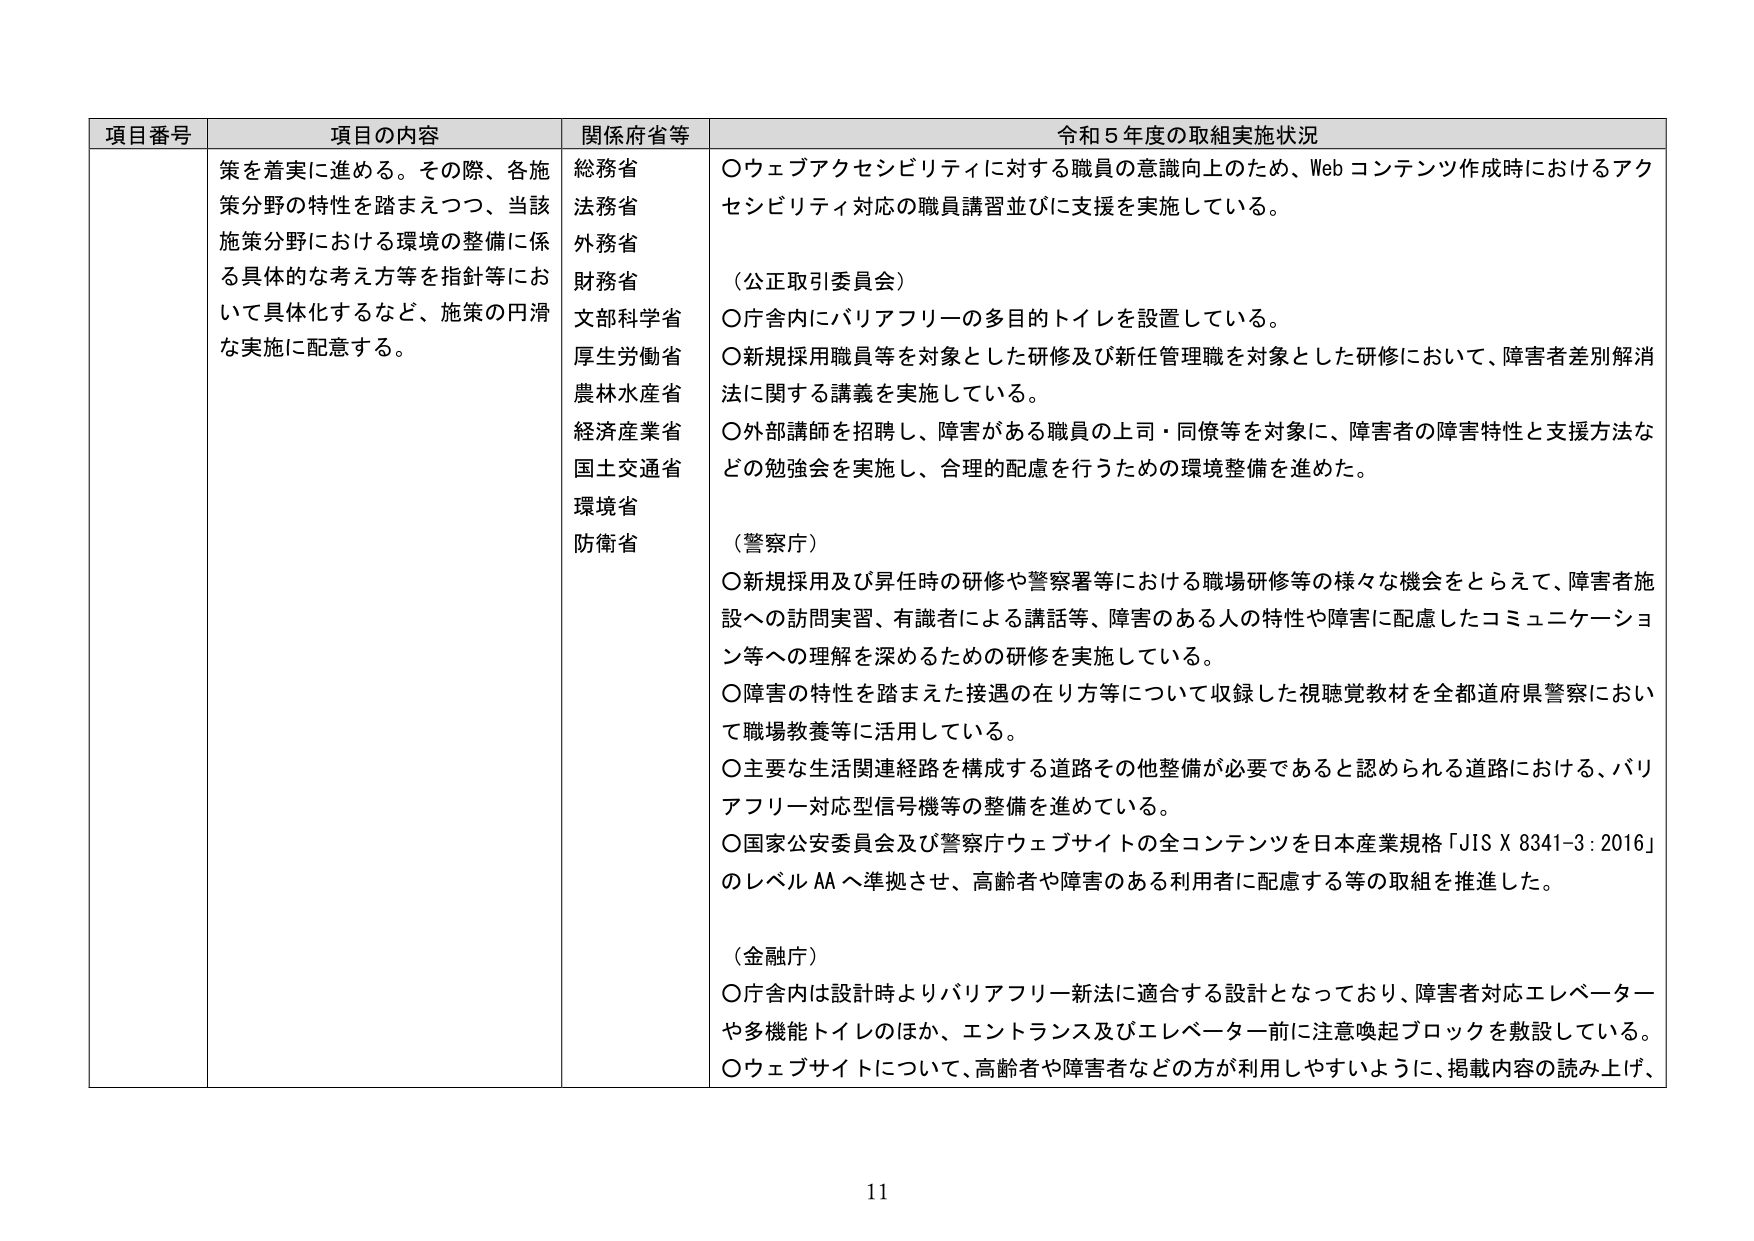
項目番号 項目の内容 関係府省等 令和５年度の取組実施状況
策を着実に進める。その際、各施策分野の特性を踏まえつつ、当該施策分野における環境の整備に係る具体的な考え方等を指針等において具体化するなど、施策の円滑な実施に配意する。
総務省
法務省
外務省
財務省
文部科学省
厚生労働省
農林水産省
経済産業省
国土交通省
環境省
防衛省
○ウェブアクセシビリティに対する職員の意識向上のため、Webコンテンツ作成時におけるアクセシビリティ対応の職員講習並びに支援を実施している。
（公正取引委員会）
○庁舎内にバリアフリーの多目的トイレを設置している。
○新規採用職員等を対象とした研修及び新任管理職を対象とした研修において、障害者差別解消法に関する講義を実施している。
○外部講師を招聘し、障害がある職員の上司・同僚等を対象に、障害者の障害特性と支援方法などの勉強会を実施し、合理的配慮を行うための環境整備を進めた。
（警察庁）
○新規採用及び昇任時の研修や警察署等における職場研修等の様々な機会をとらえて、障害者施設への訪問実習、有識者による講話等、障害のある人の特性や障害に配慮したコミュニケーション等への理解を深めるための研修を実施している。
○障害の特性を踏まえた接遇の在り方等について収録した視聴覚教材を全都道府県警察において職場教養等に活用している。
○主要な生活関連経路を構成する道路その他整備が必要であると認められる道路における、バリアフリー対応型信号機等の整備を進めている。
○国家公安委員会及び警察庁ウェブサイトの全コンテンツを日本産業規格「JIS X 8341-3:2016」のレベルAAへ準拠させ、高齢者や障害のある利用者に配慮する等の取組を推進した。
（金融庁）
○庁舎内は設計時よりバリアフリー新法に適合する設計となっており、障害者対応エレベーターや多機能トイレのほか、エントランス及びエレベーター前に注意喚起ブロックを敷設している。
○ウェブサイトについて、高齢者や障害者などの方が利用しやすいように、掲載内容の読み上げ、
11